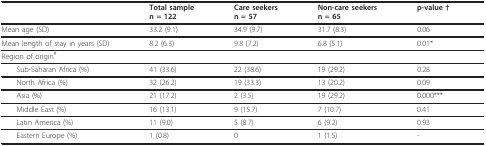
<table><thead><tr><td></td><td><b>Total samplen = 122</b></td><td><b>Care seekersn = 57</b></td><td><b>Non-care seekersn = 65</b></td><td><b>p-value †</b></td></tr></thead><tbody><tr><td>Mean age (SD)</td><td>33.2 (9.1)</td><td>34.9 (9.7)</td><td>31.7 (8.3)</td><td>0.06</td></tr><tr><td>Mean length of stay in years (SD)</td><td>8.2 (6.3)</td><td>9.8 (7.2)</td><td>6.8 (5.1)</td><td>0.01*</td></tr><tr><td>Region of origin<sup>#</sup></td><td></td><td></td><td></td><td></td></tr><tr><td> Sub-Saharan Africa (%)</td><td>41 (33.6)</td><td>22 (38.6)</td><td>19 (29.2)</td><td>0.28</td></tr><tr><td> North Africa (%)</td><td>32 (26.2)</td><td>19 (33.3)</td><td>13 (20.2)</td><td>0.09</td></tr><tr><td> Asia (%)</td><td>21 (17.2)</td><td>2 (3.5)</td><td>19 (29.2)</td><td>0.000***</td></tr><tr><td> Middle East (%)</td><td>16 (13.1)</td><td>9 (15.7)</td><td>7 (10.7)</td><td>0.41</td></tr><tr><td> Latin America (%)</td><td>11 (9.0)</td><td>5 (8.7)</td><td>6 (9.2)</td><td>0.93</td></tr><tr><td> Eastern Europe (%)</td><td>1 (0.8)</td><td>0</td><td>1 (1.5)</td><td>-</td></tr></tbody></table>